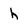
Character: h